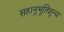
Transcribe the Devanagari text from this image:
सहानुभूतिशून्य